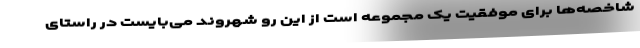
شاخصه‌ها برای موفقیت یک مجموعه است از این رو شهروند می‌بایست در راستای